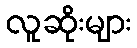
လူဆိုးများ